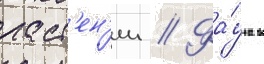
раст'ен'ии // Фа́уна в